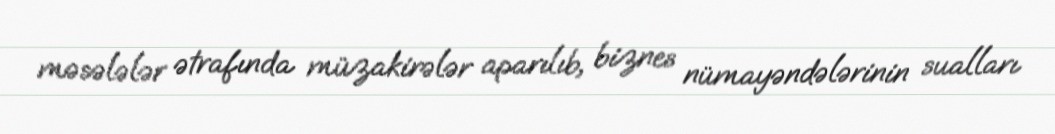
məsələlər ətrafında müzakirələr aparılıb, biznes nümayəndələrinin sualları